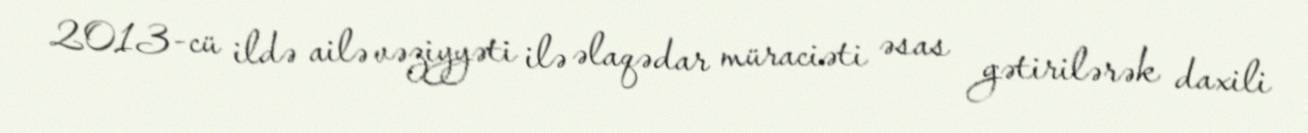
2013-cü ildə ailə vəziyyəti ilə əlaqədar müraciəti əsas gətirilərək daxili